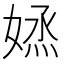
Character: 𡞷